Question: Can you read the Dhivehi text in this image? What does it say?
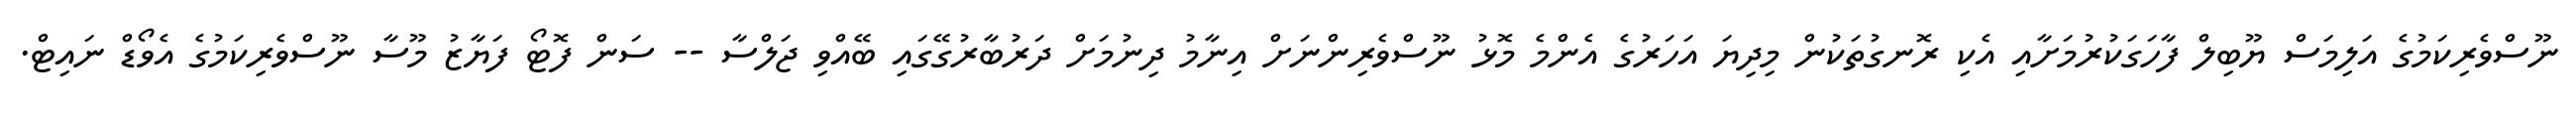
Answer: ނޫސްވެރިކަމުގެ އަލިމަސް ޔޫބިލް ފާހަގަކުރުމަށާއި އެކި ރޮނގުތަކުން މިދިޔަ އަހަރުގެ އެންމެ މޮޅު ނޫސްވެރިންނަށް އިނާމު ދިނުމަށް ދަރުބާރުގޭގައި ބޭއްވި ޖަލްސާ -- ސަން ފޮޓޯ ފަޔާޒު މޫސާ ނޫސްވެރިކަމުގެ އެވޯޑް ނައިޓް.